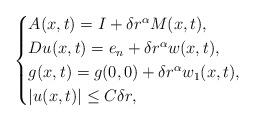
LaTeX: \begin{align*}\begin{cases}A(x,t)= I + \delta r^{\alpha} M(x,t),\\ Du(x,t)= e_n +\delta r^{\alpha} w(x, t), \\ g(x,t)= g(0,0) + \delta r^{\alpha} w_1(x, t), \\|u(x,t)| \leq C \delta r,\end{cases}\end{align*}